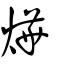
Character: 燁